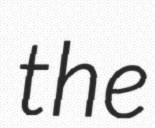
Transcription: the